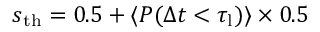
s _ { \mathrm { t h } } = 0 . 5 + \langle P ( \Delta t < \tau _ { \mathrm { l } } ) \rangle \times 0 . 5